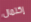
إكتمال